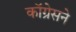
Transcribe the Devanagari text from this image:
कॉग्रेसने